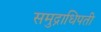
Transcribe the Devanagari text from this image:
समुद्राधिपती